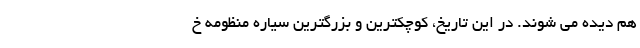
هم دیده می شوند. در این تاریخ، کوچکترین و بزرگترین سیاره منظومه خ